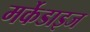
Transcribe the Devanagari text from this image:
मर्केडाइज